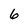
Character: 6